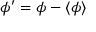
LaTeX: \phi ^ { \prime } = \phi - \langle \phi \rangle